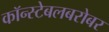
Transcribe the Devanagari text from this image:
कॉन्स्टेबलबरोबर